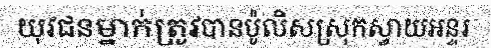
យុវជនម្នាក់ត្រូវបានប៉ូលិសស្រុកស្វាយអន្ទរ